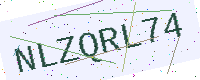
Text: NLZQRL74